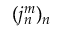
( j _ { n } ^ { m } ) _ { n }